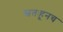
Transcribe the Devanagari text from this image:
स्वतःहूनच